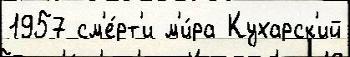
1957 см'е́рт'и м'и́ра Кухарск'ий